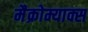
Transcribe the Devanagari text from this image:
मैक्रोम्याक्स